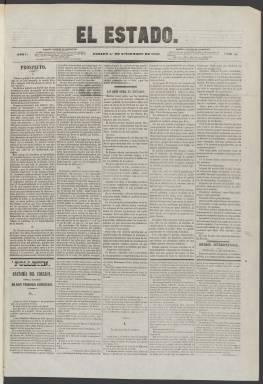
Título: El Estado (Madrid. 1856)
Colección: Periódicos
Ámbito geográfico: Madrid
Lugar de publicación: Madrid
Fechas: 01/11/1856-10/12/1859